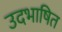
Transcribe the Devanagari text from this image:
उदभाषित